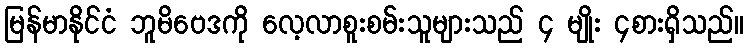
မြန်မာနိုင်ငံ ဘူမိဗေဒကို လေ့လာစူးစမ်းသူများသည် ၄ မျိုး ၄စားရှိသည်။